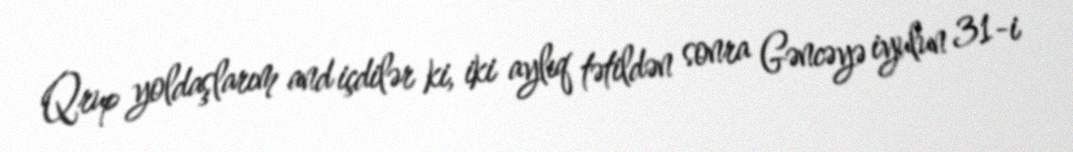
Qrup yoldaşlarım and içdilər ki, iki aylıq tətildən sonra Gəncəyə iyulun 31-i